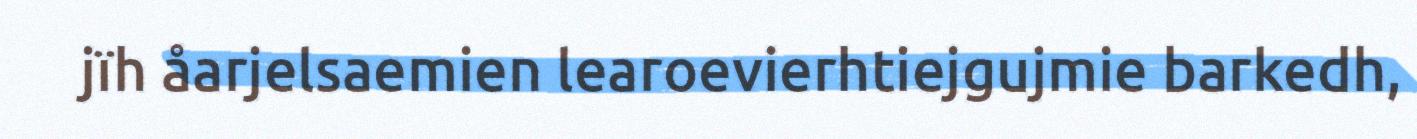
jïh åarjelsaemien learoevierhtiejgujmie barkedh,